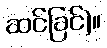
ဆင်ခြင်)။